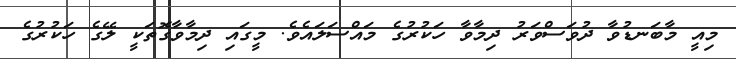
މިއީ މާބަނޑުވާ ދުވަސްވަރު ދިމާވާ ހަކުރުގެ މައްސަލައެވެ. މީގައި ދިމާވާގޮތަކީ ލޭގެ ހަކުރުގެ